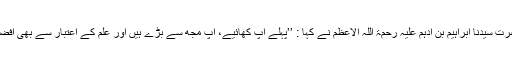
‘‘ حضرت سیدنا ابراہیم بن ادہم علیہ رحمۃ اللہ الاعظم نے کہا : ’’پہلے آپ کھائیے، آپ مجھ سے بڑے ہیں اور علم کے اعتبار سے بھی افضل ہیں۔